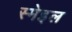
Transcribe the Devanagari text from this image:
स्मेइल